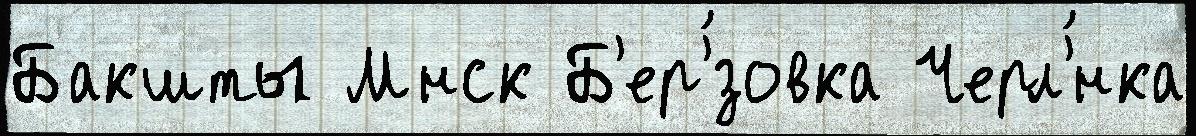
Бакшты Мнск Б'ер'́зовка Черл'́нка